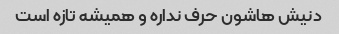
دنیش هاشون حرف نداره و همیشه تازه است